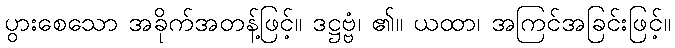
ပွားစေသော အခိုက်အတန့်ဖြင့်။ ဒဋ္ဌဗ္ဗံ၊ ၏။ ယထာ၊ အကြင်အခြင်းဖြင့်။